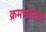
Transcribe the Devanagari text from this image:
क्रमचारियों